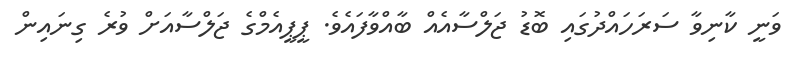
ވަނީ ކާނިވާ ސަރަހައްދުގައި ބޮޑު ޖަލްސާއެއް ބާއްވާފައެވެ. ޕީޕީއެމްގެ ޖަލްސާއަށް ވުރެ ގިނައިން